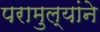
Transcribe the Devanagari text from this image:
परामुल्यांने